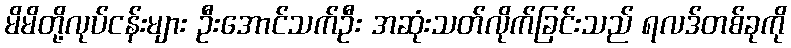
မိမိတို့လုပ်ငန်းများ ဦးအောင်သက်ဦး အဆုံးသတ်လိုက်ခြင်းသည် ရလဒ်တစ်ခုကို